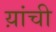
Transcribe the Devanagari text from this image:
य़ांची